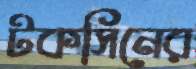
টকসিনের